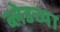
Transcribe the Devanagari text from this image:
ब्लेडच्या